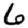
Digit: 6